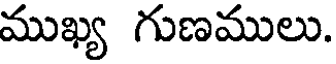
ముఖ్య గుణములు.